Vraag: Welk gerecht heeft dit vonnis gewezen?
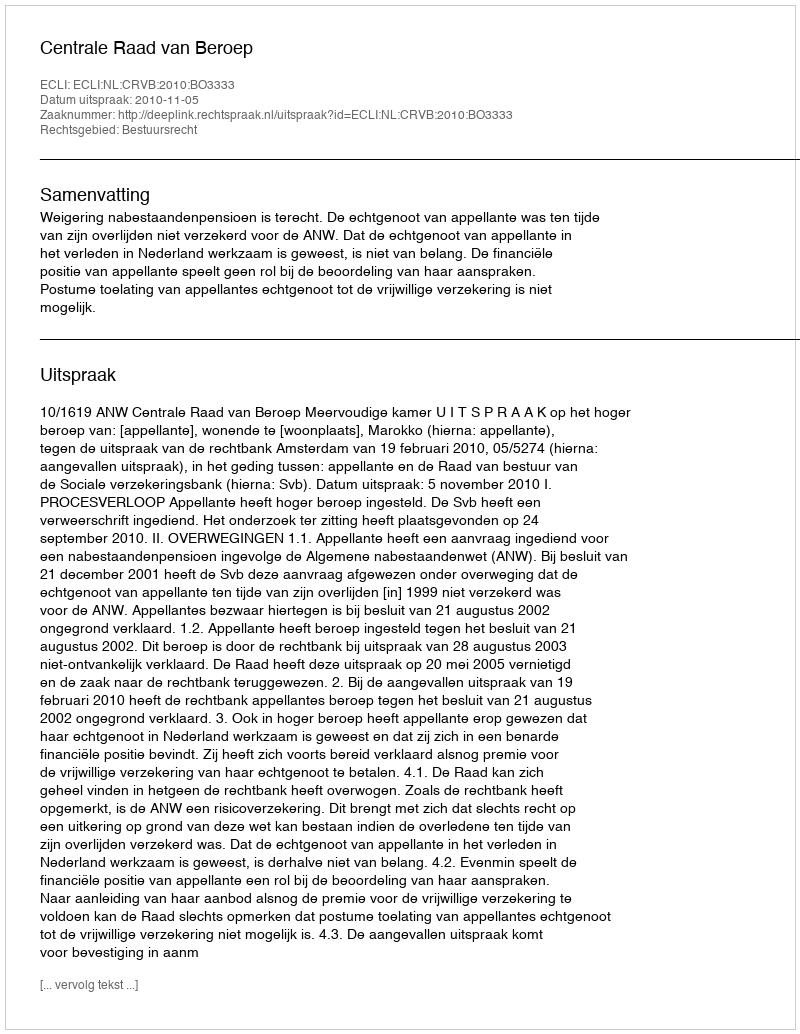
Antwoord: Centrale Raad van Beroep